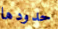
حدودها